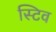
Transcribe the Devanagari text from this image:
स्टिव